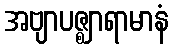
အဗျာပဇ္ဈာရာမာနံ